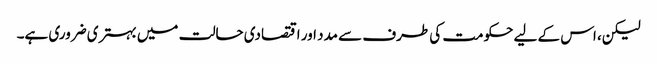
لیکن، اس کے لیے حکومت کی طرف سے مدد اور اقتصادی حالت میں بہتری ضروری ہے۔